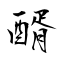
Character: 醑